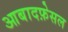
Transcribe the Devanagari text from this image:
आबादफ़ेसल